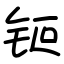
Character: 钷